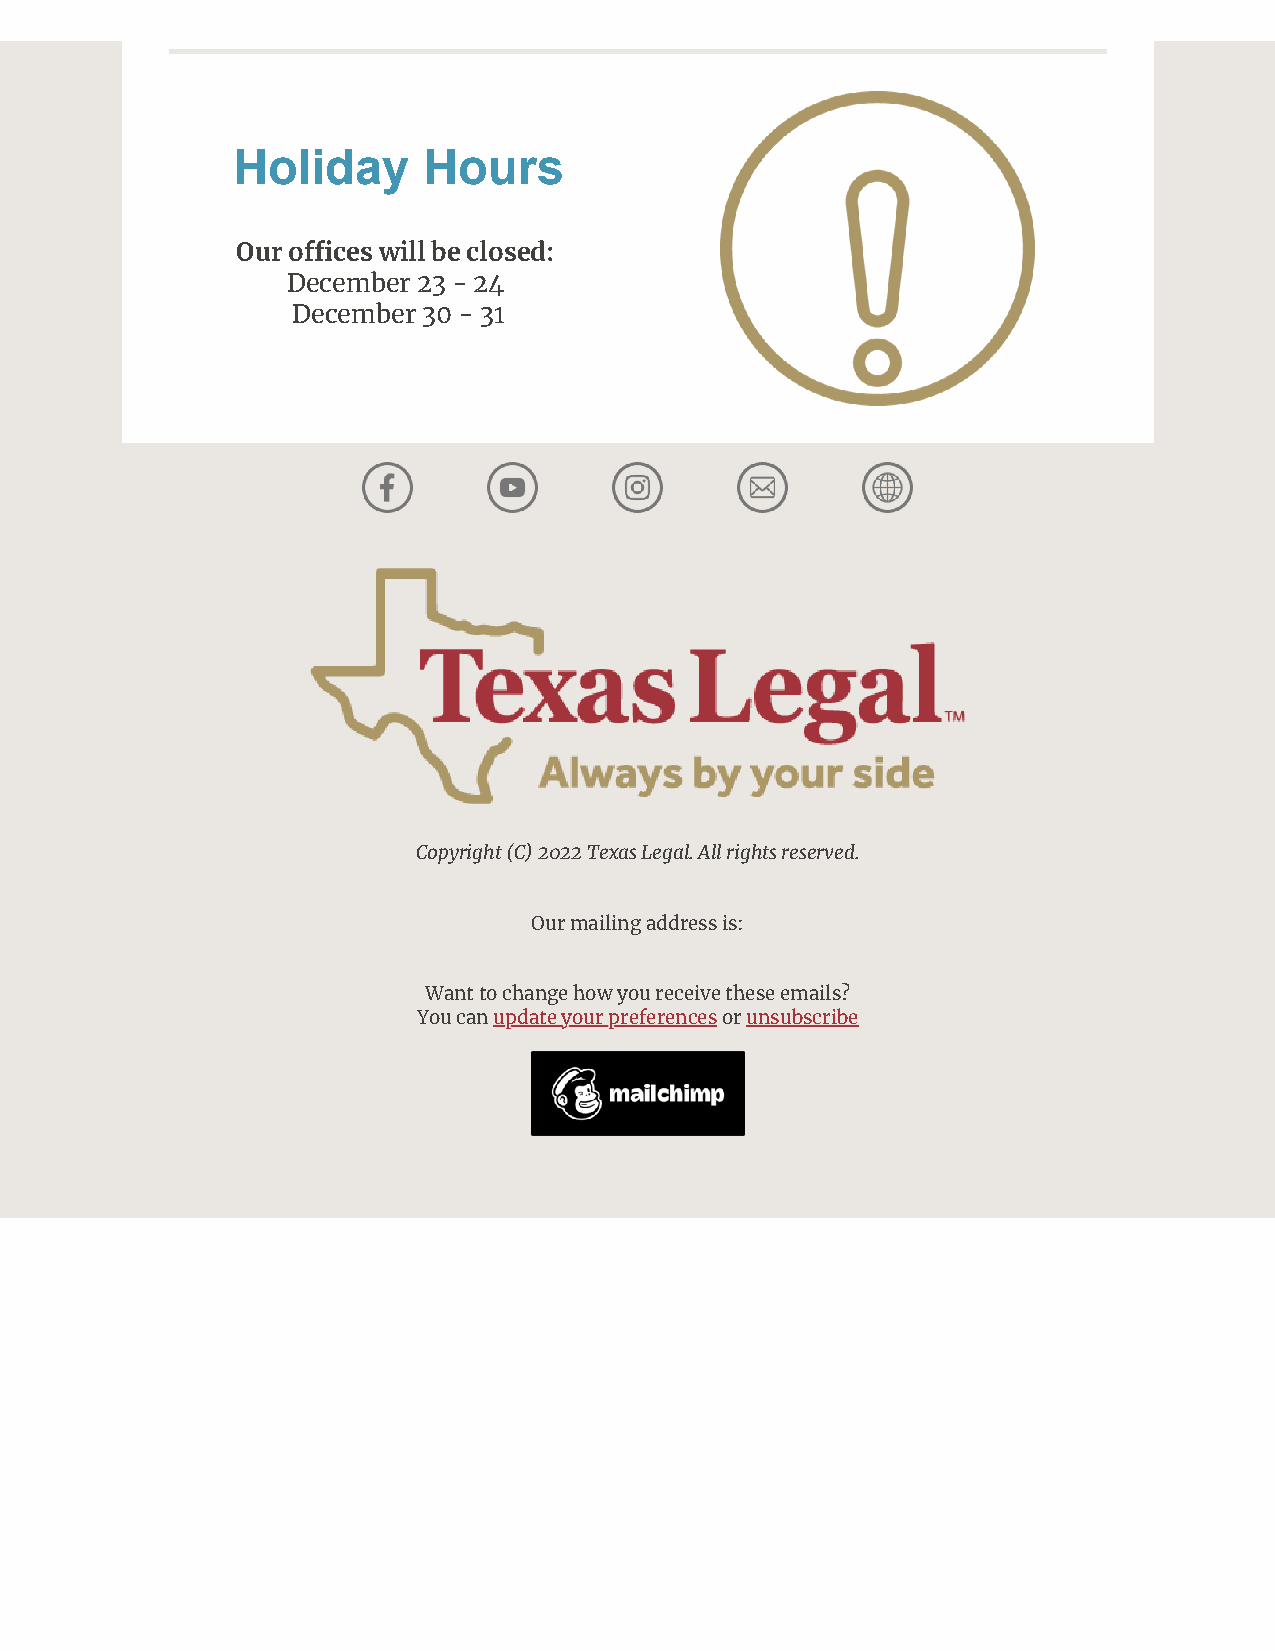
Holiday      Hours
 Our oces will be closed:
 December 23 - 24
 December 30 - 31
 Copyright (C) 2022 Texas Legal. All rights reserved.
 Our mailing address is:
 Want to change how you receive these emails?
 You can update your preferences or unsubscribe